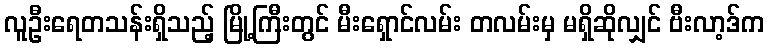
လူဦးရေတသန်းရှိသည့် မြို့ကြီးတွင် မီးရှောင်လမ်း တလမ်းမှ မရှိဆိုလျှင် ဗီးလာ့ဒ်က